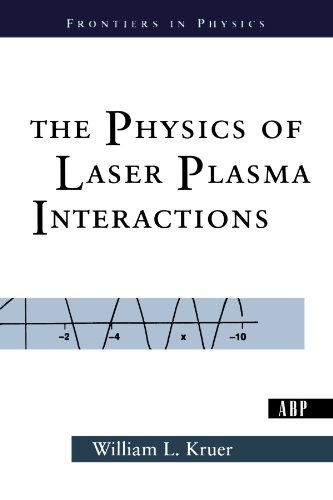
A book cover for The Physics Of Laser Plasma Interactions (Frontiers in Physics); William Kruer; Science & Math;